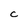
Character: C